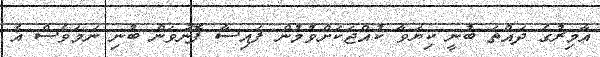
އާމިރުގެ ދައްތަ ބުނީ ކިޔަވާ ކުއްޖަކަށްވުމުން ފައިސާ ފޮނުވަން ބުނި ނަމަވެސް އެ